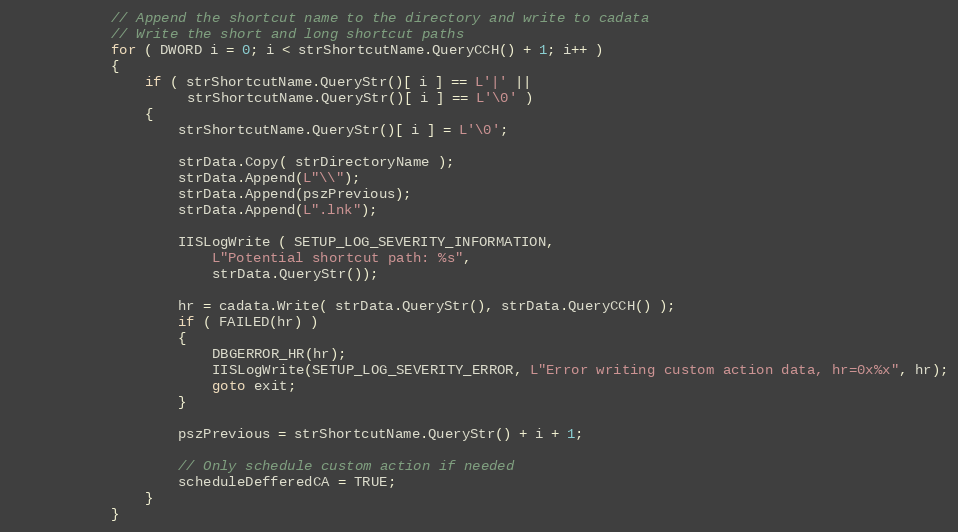
Language: C++
            // Append the shortcut name to the directory and write to cadata
            // Write the short and long shortcut paths
            for ( DWORD i = 0; i < strShortcutName.QueryCCH() + 1; i++ )
            {
                if ( strShortcutName.QueryStr()[ i ] == L'|' ||
                     strShortcutName.QueryStr()[ i ] == L'\0' )
                {
                    strShortcutName.QueryStr()[ i ] = L'\0';

                    strData.Copy( strDirectoryName );
                    strData.Append(L"\\");
                    strData.Append(pszPrevious);
                    strData.Append(L".lnk");

                    IISLogWrite ( SETUP_LOG_SEVERITY_INFORMATION,
                        L"Potential shortcut path: %s",
                        strData.QueryStr());

                    hr = cadata.Write( strData.QueryStr(), strData.QueryCCH() );
                    if ( FAILED(hr) )
                    {
                        DBGERROR_HR(hr);
                        IISLogWrite(SETUP_LOG_SEVERITY_ERROR, L"Error writing custom action data, hr=0x%x", hr);
                        goto exit;
                    }

                    pszPrevious = strShortcutName.QueryStr() + i + 1;

                    // Only schedule custom action if needed
                    scheduleDefferedCA = TRUE;
                }
            }